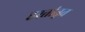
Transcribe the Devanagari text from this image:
हस्तांतृत